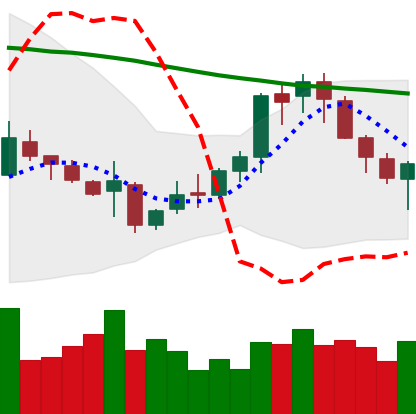
Ticker: XMR-USD
Chart end date: 2018-11-11
Forward return: -18.163%
Label: down_7plus